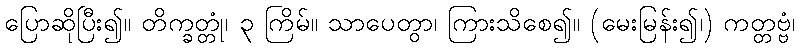
ပြောဆိုပြီး၍။ တိက္ခတ္တုံ၊ ၃ ကြိမ်။ သာပေတွာ၊ ကြားသိစေ၍။ (မေးမြန်း၍၊) ကတ္တဗ္ဗံ၊